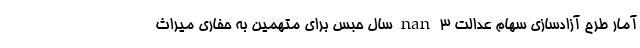
آمار طرح آزادسازی سهام عدالت nan 3 سال حبس برای متهمین به حفاری میراث